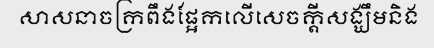
សាសនាចក្រពឹងផ្អែកលើសេចក្តីសង្ឃឹមនិង